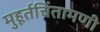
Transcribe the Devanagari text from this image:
मुहूर्तचिंतामणी